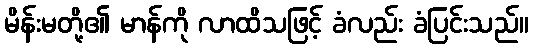
မိန်းမတို့၏ မာန်ကို လာထိသဖြင့် ခံလည်း ခံပြင်းသည်။